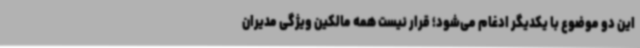
این دو موضوع با یکدیگر ادغام می‌شود؛ قرار نیست همه مالکین ویژگی مدیران